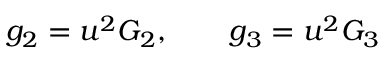
g _ { 2 } = u ^ { 2 } G _ { 2 } , \qquad g _ { 3 } = u ^ { 2 } G _ { 3 }